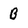
Character: B